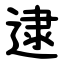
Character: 逮